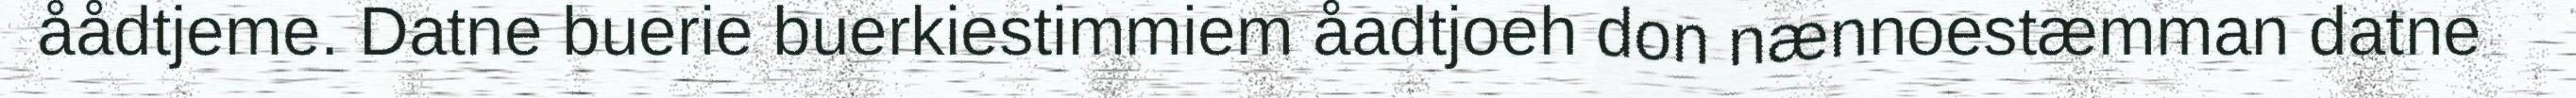
åådtjeme. Datne buerie buerkiestimmiem åadtjoeh don nænnoestæmman datne